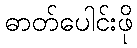
ဓာတ်ပေါင်းဖို